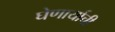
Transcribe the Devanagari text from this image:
घेणार्याची